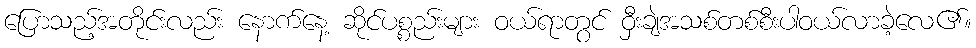
ပြောသည့်အတိုင်းလည်း နောက်နေ့ ဆိုင်ပစ္စည်းများ ဝယ်ရာတွင် ဝှီးချဲအသစ်တစ်စီးပါဝယ်လာခဲ့လေ၏။